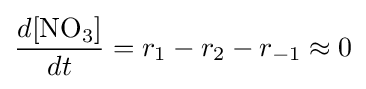
{\frac {d{\ce {[NO3]}}}{dt}}=r_{1}-r_{2}-r_{-1}\approx 0